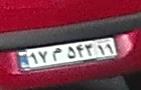
۱۷م۵۴۳۱۱